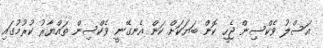
އަސްލު ވެކްސިން ޖެހީ ކޮން ބަޔަކަށް ކަން އެނގޭނީ ވެކްސިން ތައްޔާރު ކުރުމުގައި